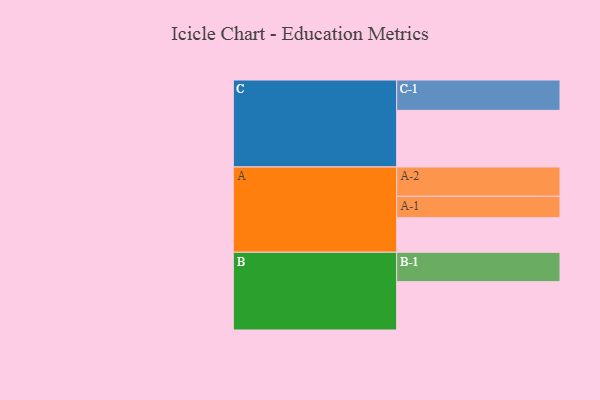
{"axis": {"x": "Segment", "y": "Value"}, "legend": ["", "A", "B", "C"], "data": [{"x": "A", "y": 325, "type": ""}, {"x": "B", "y": 454, "type": ""}, {"x": "C", "y": 532, "type": ""}, {"x": "A-1", "y": 201, "type": "A"}, {"x": "A-2", "y": 275, "type": "A"}, {"x": "B-1", "y": 276, "type": "B"}, {"x": "C-1", "y": 285, "type": "C"}]}